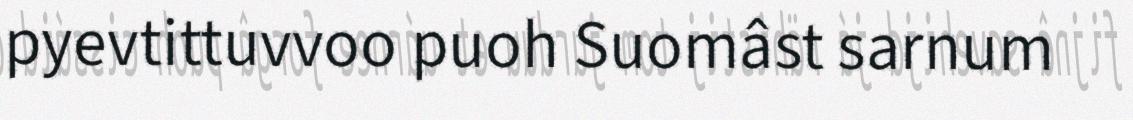
pyevtittuvvoo puoh Suomâst sarnum